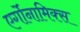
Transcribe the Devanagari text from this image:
एर्गोनामिक्स